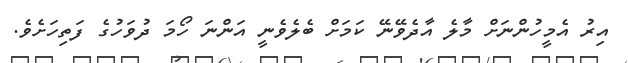
އިރު އެމީހުންނަށް މާލެ އާދެވޭނޭ ކަމަށް ބެލެވެނީ އަންނަ ހޯމަ ދުވަހުގެ ފަތިހަށެވެ.